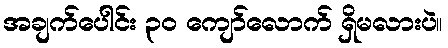
အချက်ပေါင်း ၃၀ ကျော်လောက် ရှိမလားပဲ။